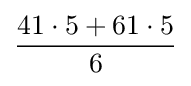
{\frac {41\cdot 5+61\cdot 5}{6}}